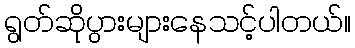
ရွတ်ဆိုပွားများနေသင့်ပါတယ်။